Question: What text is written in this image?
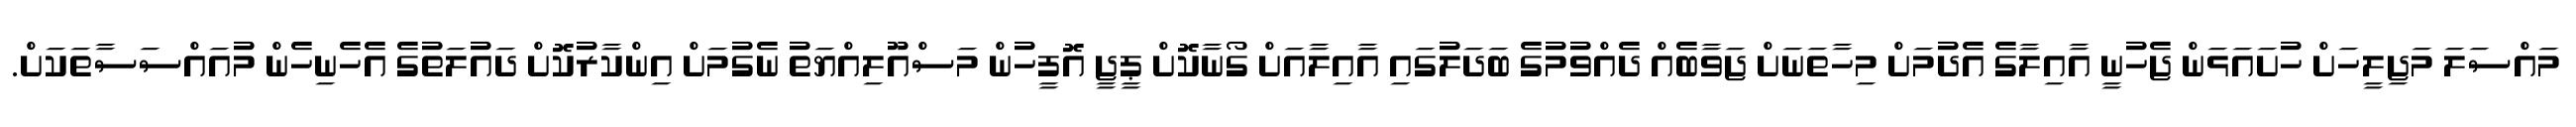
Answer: މައްސަލަ މަޖިލީހަށް ހުށައަޅަން ޖެހުނީ އާއިލާގެ އެދުމަށް މިހާތަނަށް ޖަވާބެއް ދެއްވުމުގެ ބަދަލުގައި އާއިލާއަށް ގޯނާކޮށް ޕީޖީ އޮފީހުން މަސްއޫލިއްޔަތު ނެގުމަށް އިންކާރުކޮށް ދައުލަތުގެ އެހެނިހެން މުއައްސަސާތަކަށް.